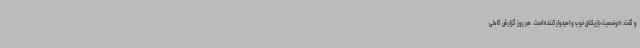
و گفت: «وضعیت بازیکنان خوب و امیدوارکننده است. هر روز گزارش کاملی